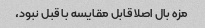
مزه بال اصلا قابل مقایسه با قبل نبود،